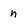
Character: n